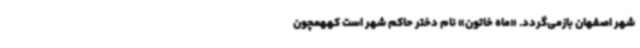
شهر اصفهان بازمی‌گردد. «ماه‌ خاتون» نام دختر حاکم شهر است کههمچون